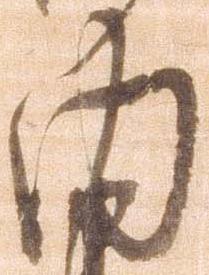
内